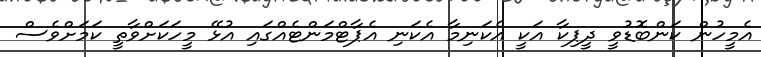
އެމީހުން ކަންބޮޑުވީ ދީޕިކާ އަކީ އެކަނިމާ އެކަނި އެޕާޓްމަންޓެއްގައި އުޅޭ މީހަކަށްވާތީ ކަަމަށްވެސް